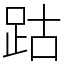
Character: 跍